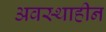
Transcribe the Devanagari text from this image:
अवस्थाहीन